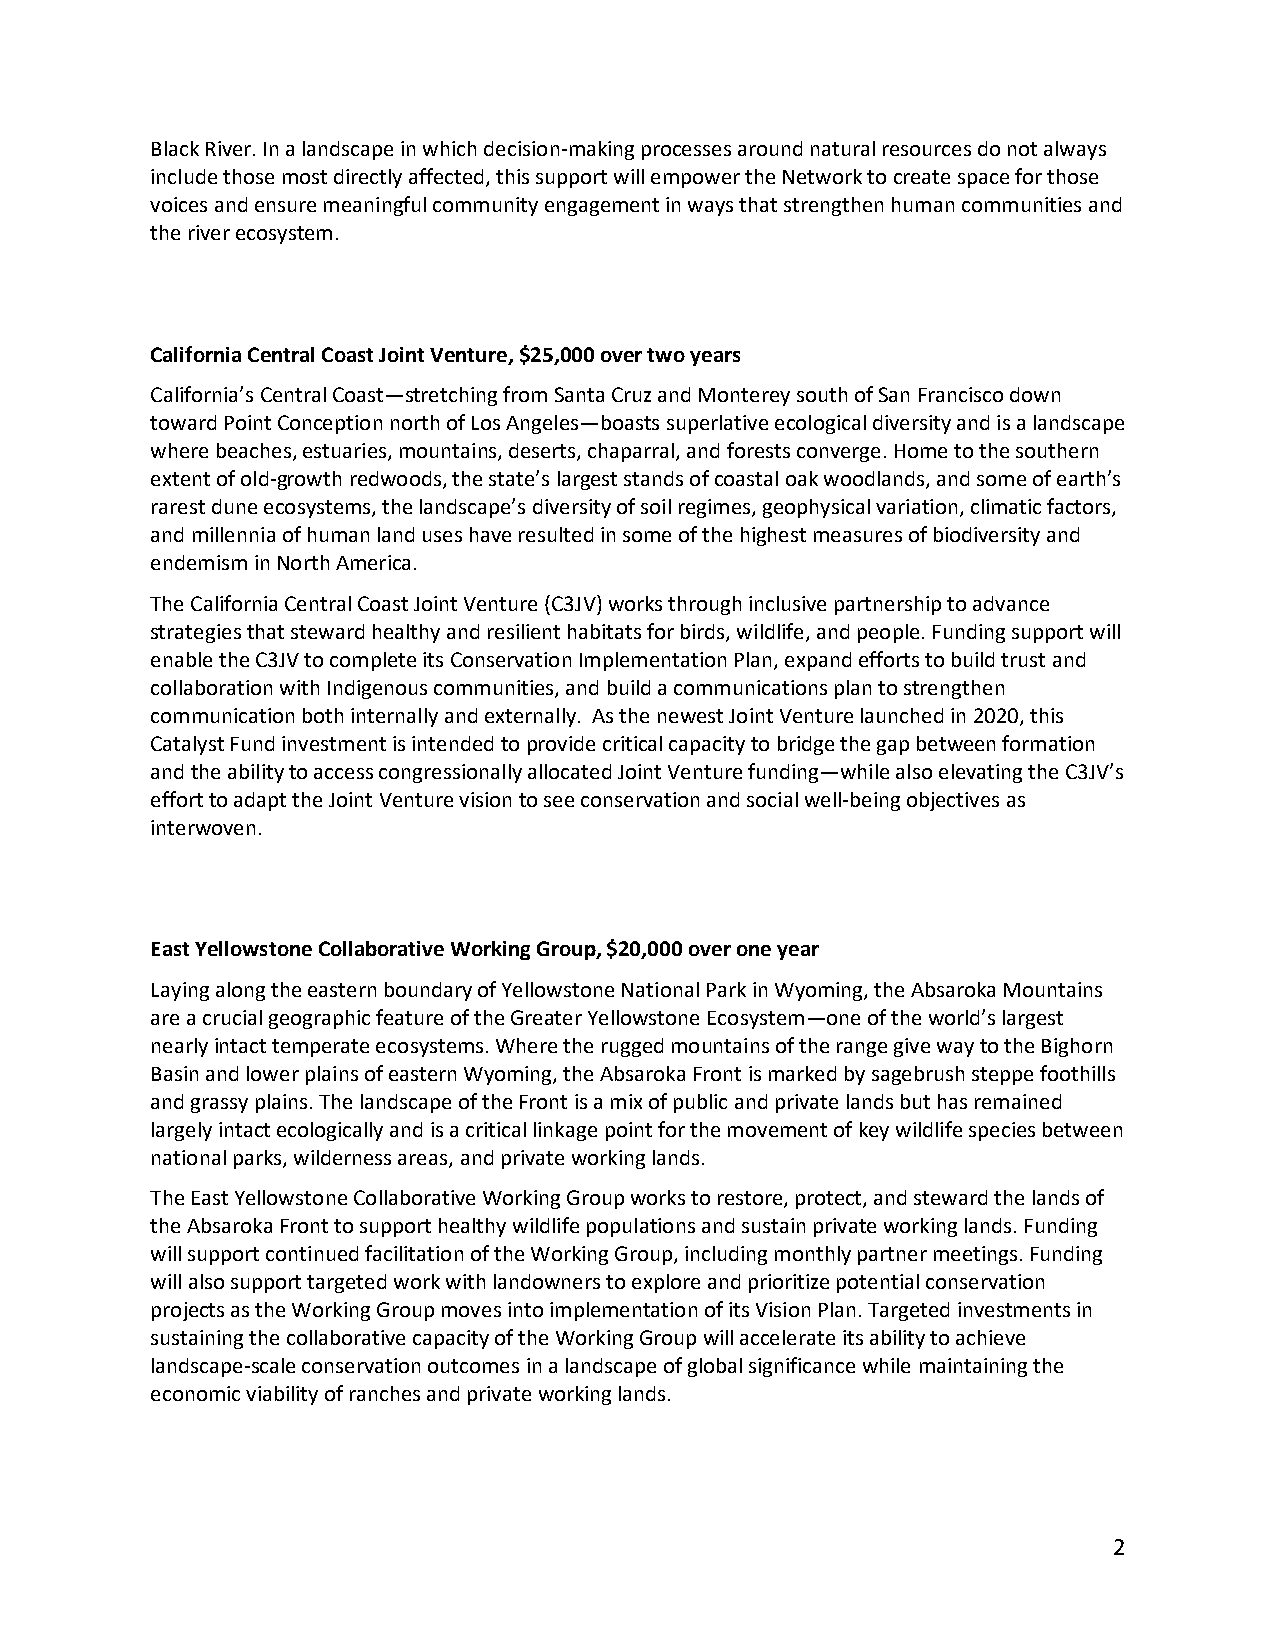
Black River. In a landscape in which decision-making processes around natural resources do not always
 include those most directly affected, this support will empower the Network to create space for those
 voices and ensure meaningful community engagement in ways that strengthen human communities and
 the river ecosystem.
 California Central Coast Joint Venture, $25,000 over two years
 California’s Central Coast—stretching from Santa Cruz and Monterey south of San Francisco down
 toward Point Conception north of Los Angeles—boasts superlative ecological diversity and is a landscape
 where beaches, estuaries, mountains, deserts, chaparral, and forests converge. Home to the southern
 extent of old-growth redwoods, the state’s largest stands of coastal oak woodlands, and some of earth’s
 rarest dune ecosystems, the landscape’s diversity of soil regimes, geophysical variation, climatic factors,
 and millennia of human land uses have resulted in some of the highest measures of biodiversity and
 endemism in North America.
 The California Central Coast Joint Venture (C3JV) works through inclusive partnership to advance
 strategies that steward healthy and resilient habitats for birds, wildlife, and people. Funding support will
 enable the C3JV to complete its Conservation Implementation Plan, expand efforts to build trust and
 collaboration with Indigenous communities, and build a communications plan to strengthen
 communication both internally and externally. As the newest Joint Venture launched in 2020, this
 Catalyst Fund investment is intended to provide critical capacity to bridge the gap between formation
 and the ability to access congressionally allocated Joint Venture funding—while also elevating the C3JV’s
 effort to adapt the Joint Venture vision to see conservation and social well-being objectives as
 interwoven.
 East Yellowstone Collaborative Working Group, $20,000 over one year
 Laying along the eastern boundary of Yellowstone National Park in Wyoming, the Absaroka Mountains
 are a crucial geographic feature of the Greater Yellowstone Ecosystem—one of the world’s largest
 nearly intact temperate ecosystems. Where the rugged mountains of the range give way to the Bighorn
 Basin and lower plains of eastern Wyoming, the Absaroka Front is marked by sagebrush steppe foothills
 and grassy plains. The landscape of the Front is a mix of public and private lands but has remained
 largely intact ecologically and is a critical linkage point for the movement of key wildlife species between
 national parks, wilderness areas, and private working lands.
 The East Yellowstone Collaborative Working Group works to restore, protect, and steward the lands of
 the Absaroka Front to support healthy wildlife populations and sustain private working lands. Funding
 will support continued facilitation of the Working Group, including monthly partner meetings. Funding
 will also support targeted work with landowners to explore and prioritize potential conservation
 projects as the Working Group moves into implementation of its Vision Plan. Targeted investments in
 sustaining the collaborative capacity of the Working Group will accelerate its ability to achieve
 landscape-scale conservation outcomes in a landscape of global significance while maintaining the
 economic viability of ranches and private working lands.
 2